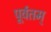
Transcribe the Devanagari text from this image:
पूर्वतम्